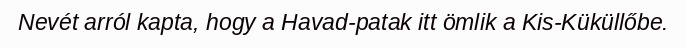
Nevét arról kapta, hogy a Havad-patak itt ömlik a Kis-Küküllőbe.